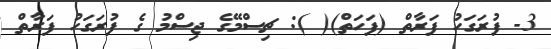
3- ފުރަގަހު ފަރާތް (ފަހަތް)( ): ޗިސްމޭގެ ޖިސްމު ގެ ފުރަގަހު ފަރާތް